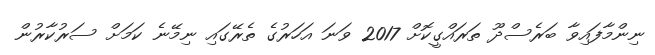
ނިންމާފައިވާ ބަރެސްދޫ ތަރައްގީކޮށް 2017 ވަނަ އަހަރުގެ ތެރޭގައި ނިމޭނެ ކަމަށް ސަރުކާރުން